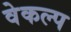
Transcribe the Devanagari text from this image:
वेकल्प